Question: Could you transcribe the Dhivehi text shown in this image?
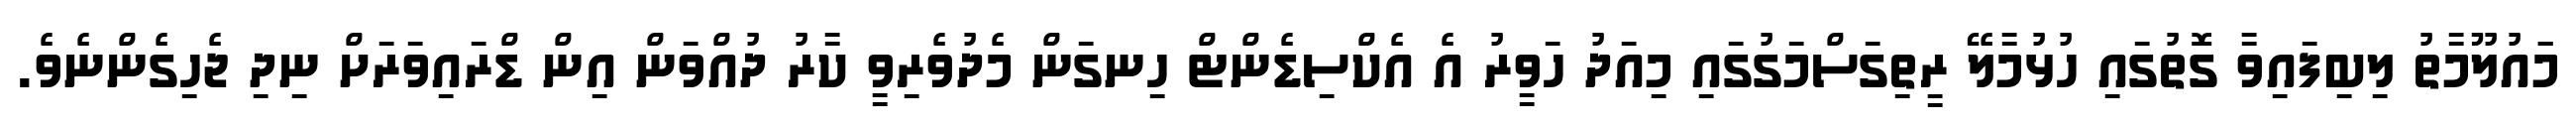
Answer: މަައުލޫމާތު ލިބިފައިވާ ގޮތުގައި ހުޅުމާލޭ ރީތިގަސްމަގުގައި މިއަދު ހަވީރު އެ އެކްސިޑެންޓް ހިނގަން މެދުވެރިވީ ކާރު ދުއްވަން އިން ޑްރައިވަރަށް ނިދި ޖެހިގެންނެވެ.